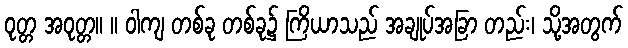
ဝုတ္တ အဝုတ္တ။ ။ ဝါကျ တစ်ခု တစ်ခု၌ ကြိယာသည် အချုပ်အခြာ တည်း၊ သို့အတွက်